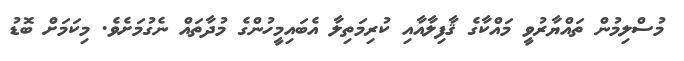
މުސްލިމުން ތައްޔާރުވީ މައްކާގެ ޤާފިލާއާއި ކުރިމަތިލާ އެބައިމީހުންގެ މުދާތައް ނެގުމަށެވެ. މިކަމަށް ބޮޑު